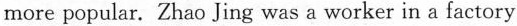
more popular. Zhao Jing was a worker in a factory